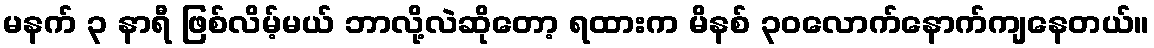
မနက် ၃ နာရီ ဖြစ်လိမ့်မယ် ဘာလို့လဲဆိုတော့ ရထားက မိနစ် ၃၀လောက်နောက်ကျနေတယ်။